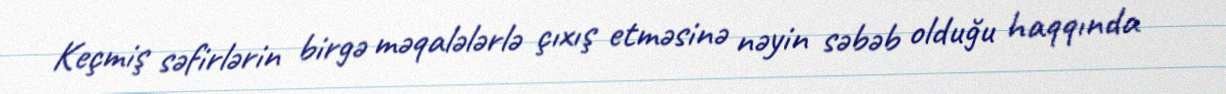
Keçmiş səfirlərin birgə məqalələrlə çıxış etməsinə nəyin səbəb olduğu haqqında